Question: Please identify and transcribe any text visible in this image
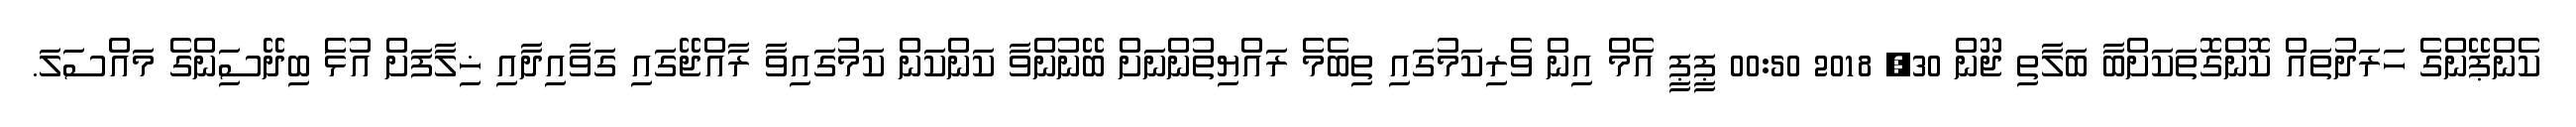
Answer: ކެންޕޭންގެ ހަރަދުތައް ކޮންގޮތަކަށްބާ ބަލާތި ޖޫން 30, 2018 00:50 ޕީޕީ އެމް އިން ވެރިކަމުގައި ތިބެމެ ރައްޔިތުންނަށް ބޭނުންވާ ކަންކަން ކަމުގައިވާ ރާއްޖޭގައި ގަވާއިދާއި ޚިލާފަށް އުޅަެ ބިދޭސަިންގެ މައްސަލަ.